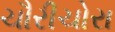
ચૌરીચોરા